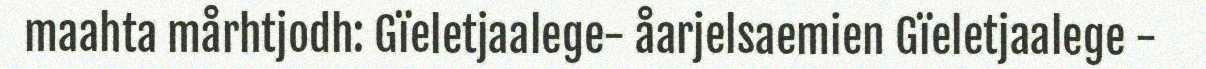
maahta mårhtjodh: Gïeletjaalege- åarjelsaemien Gïeletjaalege -